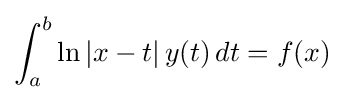
\int _{a}^{b}\ln |x-t|\,y(t)\,dt=f(x)